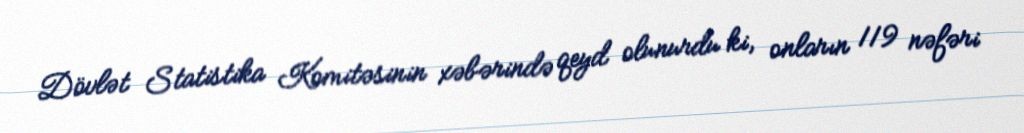
Dövlət Statistika Komitəsinin xəbərində qeyd olunurdu ki, onların 119 nəfəri